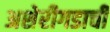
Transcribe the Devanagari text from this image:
अशेरीगडाची